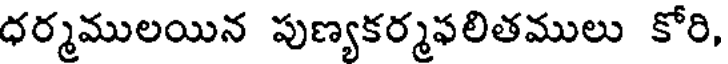
ధర్మములయిన పుణ్యకర్మఫలితములు కోరి,